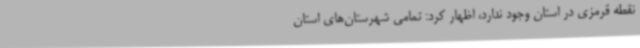
نقطه قرمزی در استان وجود ندارد، اظهار کرد: تمامی شهرستان‌های استان